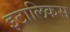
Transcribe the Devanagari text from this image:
इटालिकस